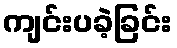
ကျင်းပခဲ့ခြင်း